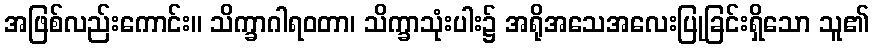
အဖြစ်လည်းကောင်း။ သိက္ခာဂါရဝတာ၊ သိက္ခာသုံးပါး၌ အရိုအသေအလေးပြုခြင်းရှိသော သူ၏